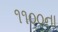
૧૧૦૦ના